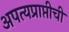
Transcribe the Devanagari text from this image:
अपत्यप्राप्तीची